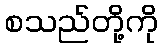
စသည်တို့ကို